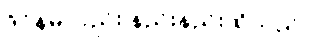
ဒိုင်နမိုလည်း နည်းနည်းထိသည်။